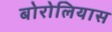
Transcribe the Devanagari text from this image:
बोरोलियास